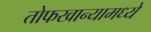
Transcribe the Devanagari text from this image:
तोफखान्यामध्ये